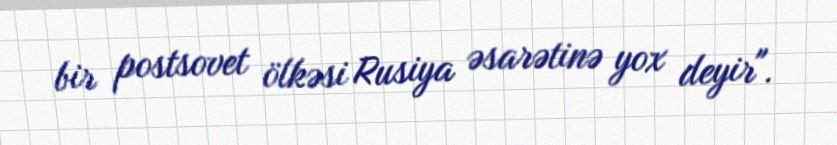
bir postsovet ölkəsi Rusiya əsarətinə yox deyir".